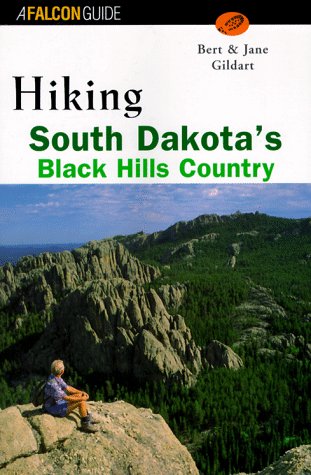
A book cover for Hiking South Dakota's Black Hills Country (Regional Hiking Series); Bert Gildart; Travel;